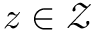
z \in { \mathcal { Z } }